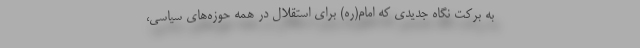
به برکت نگاه جدیدی که امام(ره) برای استقلال در همه حوزه‌های سیاسی،